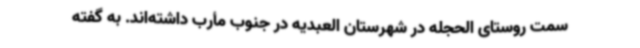
سمت روستای الحجله در شهرستان العبدیه در جنوب مأرب داشته‌اند. به گفته